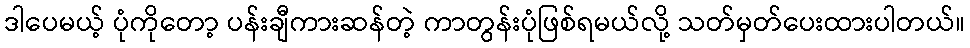
ဒါပေမယ့် ပုံကိုတော့ ပန်းချီကားဆန်တဲ့ ကာတွန်းပုံဖြစ်ရမယ်လို့ သတ်မှတ်ပေးထားပါတယ်။